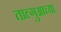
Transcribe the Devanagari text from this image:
ताल्गुआच्या